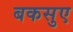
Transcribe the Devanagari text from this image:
बकसुए